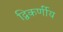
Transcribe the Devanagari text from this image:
द्विकर्णीय